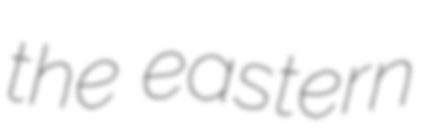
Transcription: the eastern